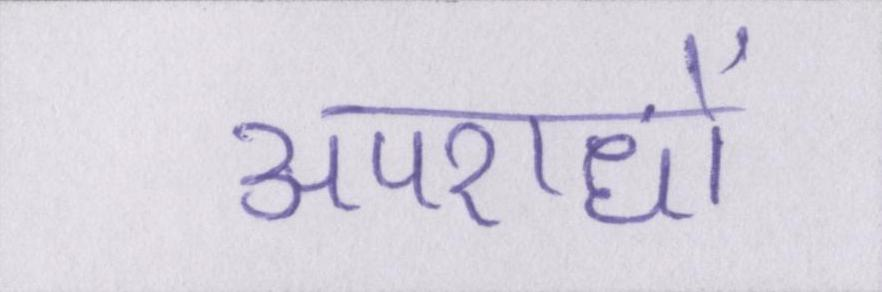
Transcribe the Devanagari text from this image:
अपराधों